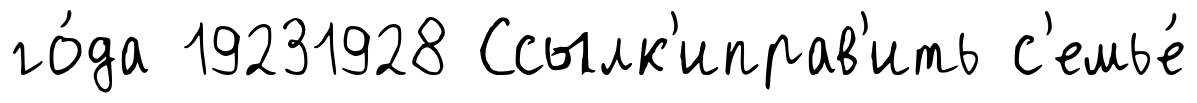
го́да 19231928 Ссылк'иправ'ить с'емье́